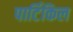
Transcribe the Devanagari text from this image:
पार्टिकिल